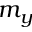
m _ { y }